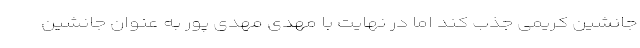
جانشین کریمی جذب کند اما در نهایت با مهدی مهدی پور به عنوان جانشین